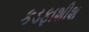
કડફાશીશ